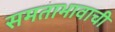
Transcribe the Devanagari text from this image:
समताभावाची